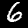
Digit: 6